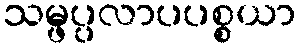
သမ္ဖပ္ပလာပပစ္စယာ